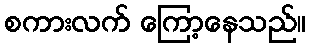
စကားလက် ကြော့နေသည်။